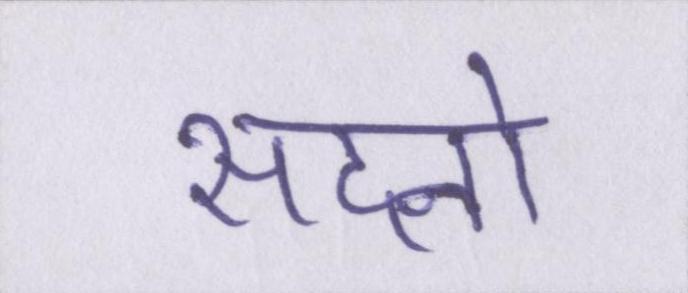
सदनो